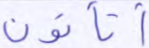
أتأتون